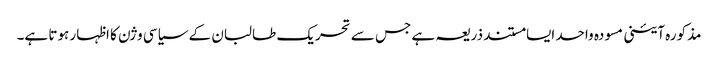
مذکورہ آئینی مسودہ واحد ایسا مستند ذریعہ ہے جس سے تحریک طالبان کے سیاسی وژن کا اظہار ہوتا ہے۔